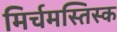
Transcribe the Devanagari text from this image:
मिर्चमस्तिस्क